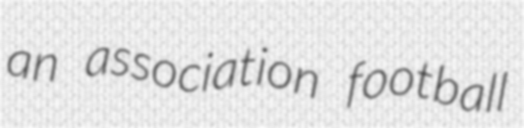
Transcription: an association football